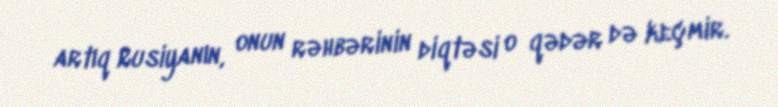
artıq Rusiyanın, onun rəhbərinin diqtəsi o qədər də keçmir.